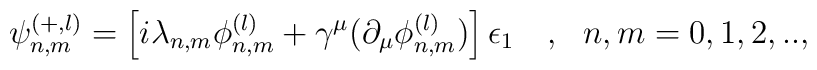
\psi_{n,m}^{(+,l)}=\left[ i\lambda_{n,m}  \phi^{(l)}_{n,m}+\gamma^{\mu}(\partial_\mu\phi^{(l)}_{n,m})\right]\epsilon_1~~~,~~n,m=0,1,2,..,